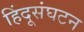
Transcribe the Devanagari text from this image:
हिंदूसंघटन